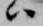
ハ